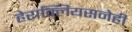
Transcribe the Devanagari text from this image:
हेराक्लियसनेही